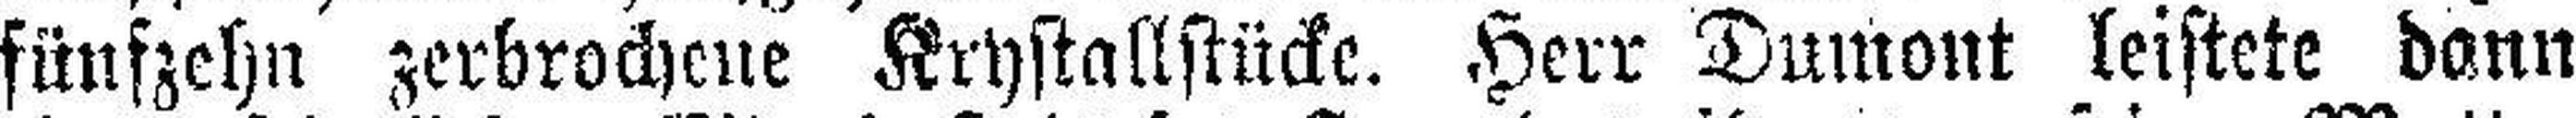
fünfzehn zerbrochene Krystattstücke. Herr Dumont leistete dann